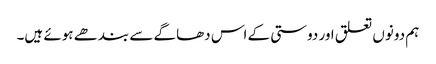
ہم دونوں تعلق اور دوستی کے اس دھاگے سے بندھے ہوئے ہیں۔